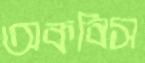
অকবিস